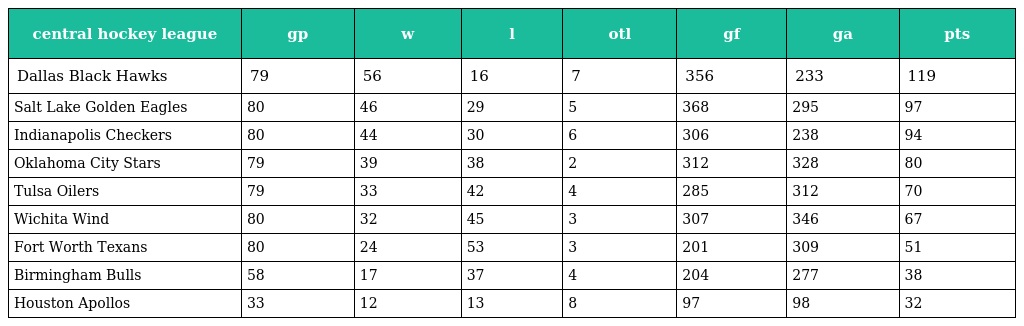
| central hockey league | gp | w | l | otl | gf | ga | pts |
 | --- | --- | --- | --- | --- | --- | --- | --- |
 | Dallas Black Hawks | 79 | 56 | 16 | 7 | 356 | 233 | 119 |
 | Salt Lake Golden Eagles | 80 | 46 | 29 | 5 | 368 | 295 | 97 |
 | Indianapolis Checkers | 80 | 44 | 30 | 6 | 306 | 238 | 94 |
 | Oklahoma City Stars | 79 | 39 | 38 | 2 | 312 | 328 | 80 |
 | Tulsa Oilers | 79 | 33 | 42 | 4 | 285 | 312 | 70 |
 | Wichita Wind | 80 | 32 | 45 | 3 | 307 | 346 | 67 |
 | Fort Worth Texans | 80 | 24 | 53 | 3 | 201 | 309 | 51 |
 | Birmingham Bulls | 58 | 17 | 37 | 4 | 204 | 277 | 38 |
 | Houston Apollos | 33 | 12 | 13 | 8 | 97 | 98 | 32 |